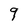
Character: 9